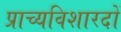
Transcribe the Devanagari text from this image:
प्राच्यविशारदों